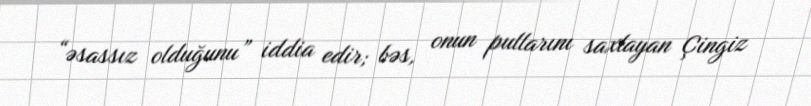
“əsassız olduğunu” iddia edir; bəs, onun pullarını saxlayan Çingiz